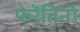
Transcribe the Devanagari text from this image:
फेरेंतिनो